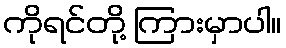
ကိုရင်တို့ ကြားမှာပါ။